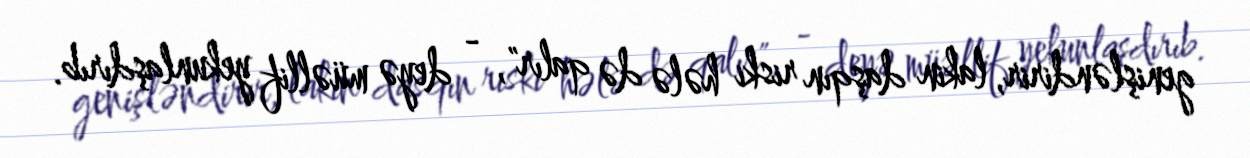
genişləndirir, lakin daşqın riski hələ də qalır", - deyə müəllif yekunlaşdırıb.